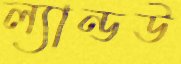
ল্যান্ডউ